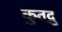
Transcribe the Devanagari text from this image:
कुतद्गु